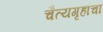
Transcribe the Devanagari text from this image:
चैत्यगृहांचा